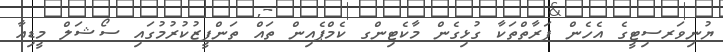
ޔުނިވަރސިޓީގެ އެހެން ފަރާތްތަކާ ގުޅިގެން މާކެޓިންގ ކެމްޕެއިން ތައް ތަންފީޒުކުރުމުގައި ސޯޝަލް މީޑިއާ